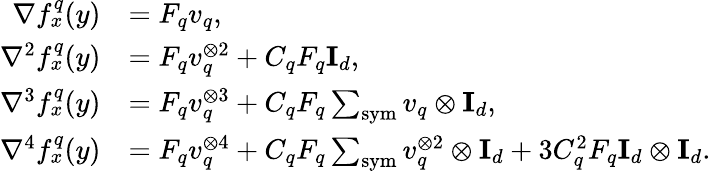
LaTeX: \begin{array}{rl}{\nabla f_{x}^{q}(y)}&{=F_{q}v_{q},}\\ {\nabla^{2}f_{x}^{q}(y)}&{=F_{q}v_{q}^{\otimes 2}+C_{q}F_{q}\mathbf{I}_{d},}\\ {\nabla^{3}f_{x}^{q}(y)}&{=F_{q}v_{q}^{\otimes 3}+C_{q}F_{q}\sum_{\textup{sym}}v_{q}\otimes\mathbf{I}_{d},}\\ {\nabla^{4}f_{x}^{q}(y)}&{=F_{q}v_{q}^{\otimes 4}+C_{q}F_{q}\sum_{\textup{sym}}v_{q}^{\otimes 2}\otimes\mathbf{I}_{d}+3C_{q}^{2}F_{q}\mathbf{I}_{d}\otimes\mathbf{I}_{d}.}\end{array}